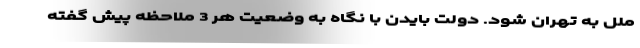
ملل به تهران شود. دولت بایدن با نگاه به وضعیت هر 3 ملاحظه پیش گفته